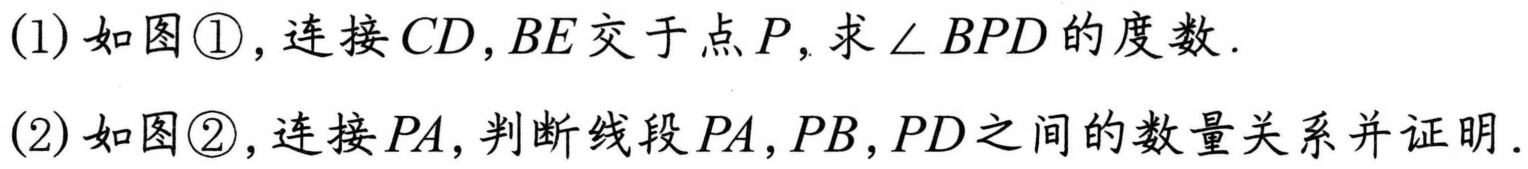
(1)如图\textcircled{1}，连接\(CD,BE\)交于点\(P\)，求\(\angle BPD\)的度数.
(2)如图\textcircled{2}，连接\(PA\)，判断线段\(PA,PB,PD\)之间的数量关系并证明.